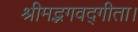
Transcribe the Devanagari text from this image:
श्रीमद्भगवद्गीता।